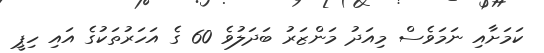
ކަމަށާއި ނަމަވެސް މިއަދު މަންޒަރު ބަދަލުވެ 60 ގެ އަހަރުތަކުގެ އައި ހިޕީ